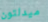
ميدلتون